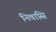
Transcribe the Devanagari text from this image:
निवासि